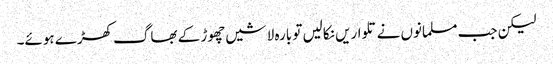
لیکن جب مسلمانوں نے تلواریں نکالیں تو بارہ لاشیں چھوڑ کے بھاگ کھڑے ہوئے۔